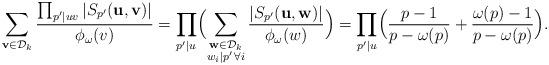
LaTeX: \begin{align*}\sum_{\mathbf{v}\in\mathcal{D}_k}\frac{\prod_{p'|uv}|S_{p'}(\mathbf{u},\mathbf{v})|}{\phi_\omega(v)}=\prod_{p'|u}\Bigl(\sum_{\substack{\mathbf{w}\in\mathcal{D}_k \\ w_i|p'\,\forall i}}\frac{|S_{p'}(\mathbf{u},\mathbf{w})|}{\phi_\omega(w)}\Bigr)=\prod_{p'|u}\Bigl(\frac{p-1}{p-\omega(p)}+\frac{\omega(p)-1}{p-\omega(p)}\Bigr).\end{align*}